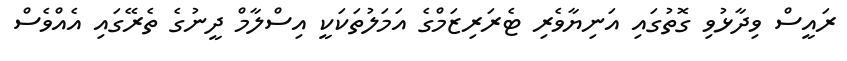
ރައީސް ވިދާޅުވި ގޮތުގައި އަނިޔާވެރި ޓެރަރިޒަމްގެ އަމަލުތަކަކީ އިސްލާމް ދީނުގެ ތެރޭގައި އެއްވެސް